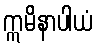
ဣမိနာပါယံ